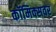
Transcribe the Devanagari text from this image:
कॉमिक्सवर